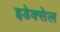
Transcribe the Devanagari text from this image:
इडेक्सेल